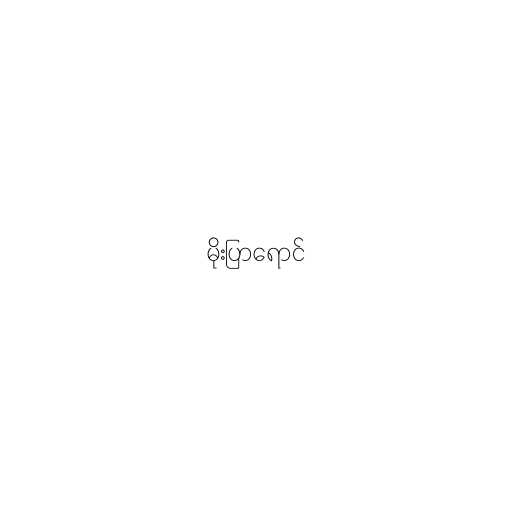
မိုးပြာရောင်